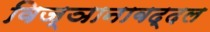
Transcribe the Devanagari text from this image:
विज्ञानाबद्दल